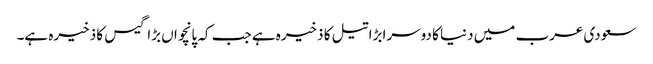
سعودی عرب میں دنیا کا دوسرا بڑا تیل کا ذخیرہ ہے جب کہ پانچواں بڑا گیس کا ذخیرہ ہے۔